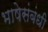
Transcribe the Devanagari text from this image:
भाषेसंबंधी